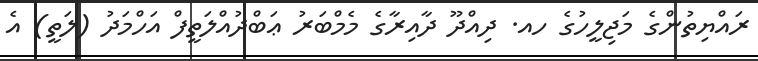
ރައްޔިތުންގެ މަޖިލީހުގެ ހއ. ދިއްދޫ ދާއިރާގެ މެމްބަރު ޢަބްދުއްލަތީފް އަހްމަދު (ލަތީ) އެ